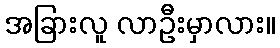
အခြားလူ လာဦးမှာလား။